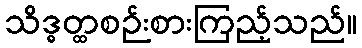
သိဒ္ဓတ္ထစဉ်းစားကြည့်သည်။